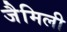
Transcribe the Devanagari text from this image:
जैमिली